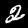
Label: 2